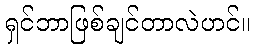
ရှင်ဘာဖြစ်ချင်တာလဲဟင်။